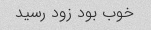
خوب بود زود رسید